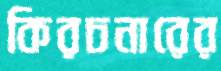
কিরচনারের